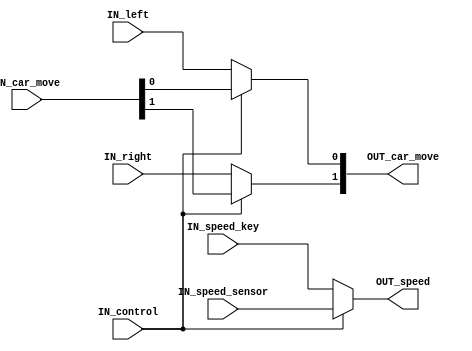
module choose_mode(input IN_control, input IN_left, input IN_right, input IN_speed_key, input [1:0] IN_car_move, input IN_speed_sensor,
						output [1:0] OUT_car_move, output OUT_speed);
	assign OUT_car_move[0] = IN_control? IN_car_move[0] : IN_left;
	assign OUT_car_move[1] = IN_control? IN_car_move[1] : IN_right;
	assign OUT_speed = IN_control? IN_speed_sensor : IN_speed_key;
endmodule